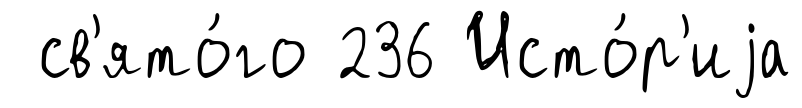
св'ято́го 236 Исто́р'иjа